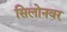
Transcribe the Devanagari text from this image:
सिलोनवर